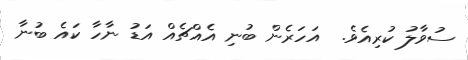
ސުވާލު ކުރިއެވެ.  އަހަރެން ބުނި އެއްޗެއް އަޑު ނާހާ ކައެ ބުނާ